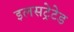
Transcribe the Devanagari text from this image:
इलसट्रेटेड